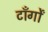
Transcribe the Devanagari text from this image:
टाँर्गों